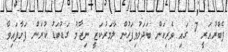
ފެބްރުއަރީ 7 ގައި ވެރިކަން ބަދަލުވިފަހުން ލާމަރުކަޒީ ނިޒާމު ގަޑުބަޑު ކުރަން ފަށާފައިވާ